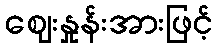
ဈေးနှုန်းအားဖြင့်